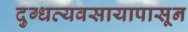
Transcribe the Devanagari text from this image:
दुग्धव्यवसायापासून